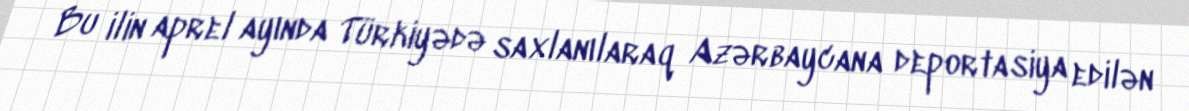
Bu ilin aprel ayında Türkiyədə saxlanılaraq Azərbaycana deportasiya edilən